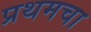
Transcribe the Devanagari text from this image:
प्रथमचा